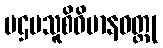
ပဌမသူစိဝိမာနဝတ္ထု